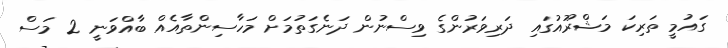
ގައުމީ ތަރިކަ މަޝްރޫއުގައި ދަރިވަރުންގެ ވިސްނުން ދަނެގަތުމަށް މަހާސިންތާއެއް ބާއްވަނީ 2 މަސް